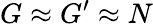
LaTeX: G\approx G^{\prime}\approx N